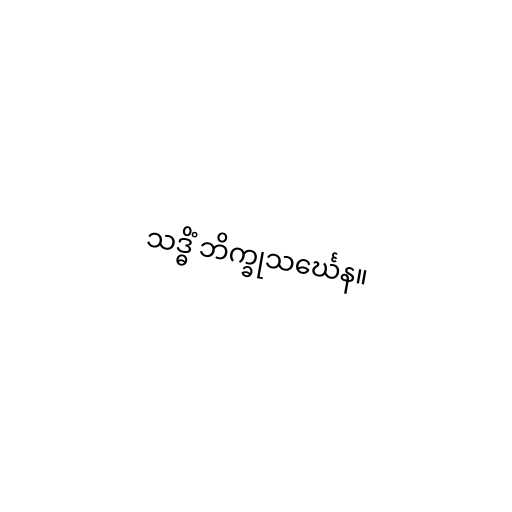
သဒ္ဓိံ ဘိက္ခုသင်္ဃေန။